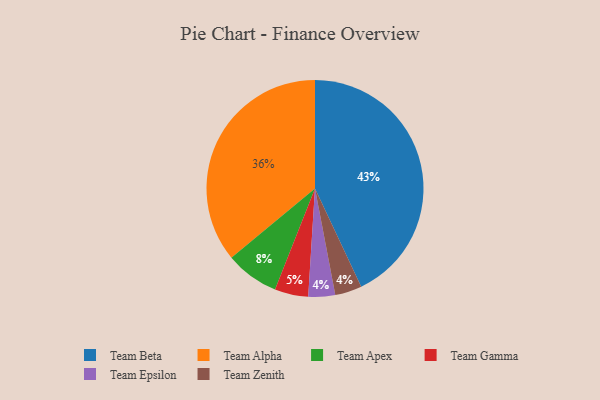
{"axis": {"x": "Category", "y": "Percentage"}, "legend": ["Team Alpha", "Team Apex", "Team Beta", "Team Epsilon", "Team Gamma", "Team Zenith"], "data": [{"x": "Team Gamma", "y": 5, "type": "Team Gamma"}, {"x": "Team Apex", "y": 8, "type": "Team Apex"}, {"x": "Team Epsilon", "y": 4, "type": "Team Epsilon"}, {"x": "Team Zenith", "y": 4, "type": "Team Zenith"}, {"x": "Team Beta", "y": 43, "type": "Team Beta"}, {"x": "Team Alpha", "y": 36, "type": "Team Alpha"}]}